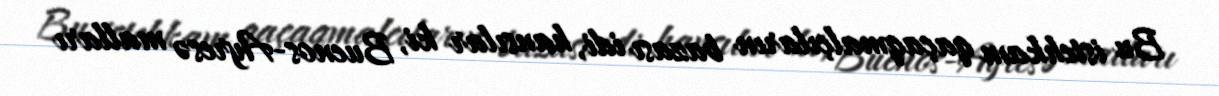
Bu istehkam qaçaqmalçıların bazası idi, hansılar ki, Buenos-Ayresə malları